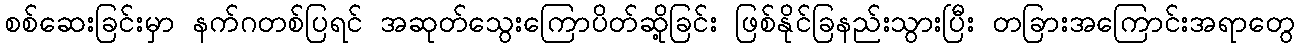
စစ်ဆေးခြင်းမှာ နက်ဂတစ်ပြရင် အဆုတ်သွေးကြောပိတ်ဆို့ခြင်း ဖြစ်နိုင်ခြနည်းသွားပြီး တခြားအကြောင်းအရာတွေ